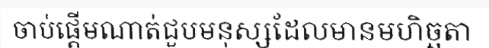
ចាប់ផ្តើមណាត់ជួបមនុស្សដែលមានមហិច្ឆតា